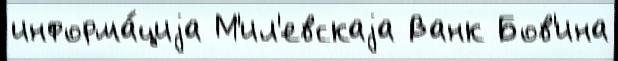
информа́циjа М'ил'евскаjа Ванк Бов'ина